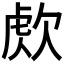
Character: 𣣕